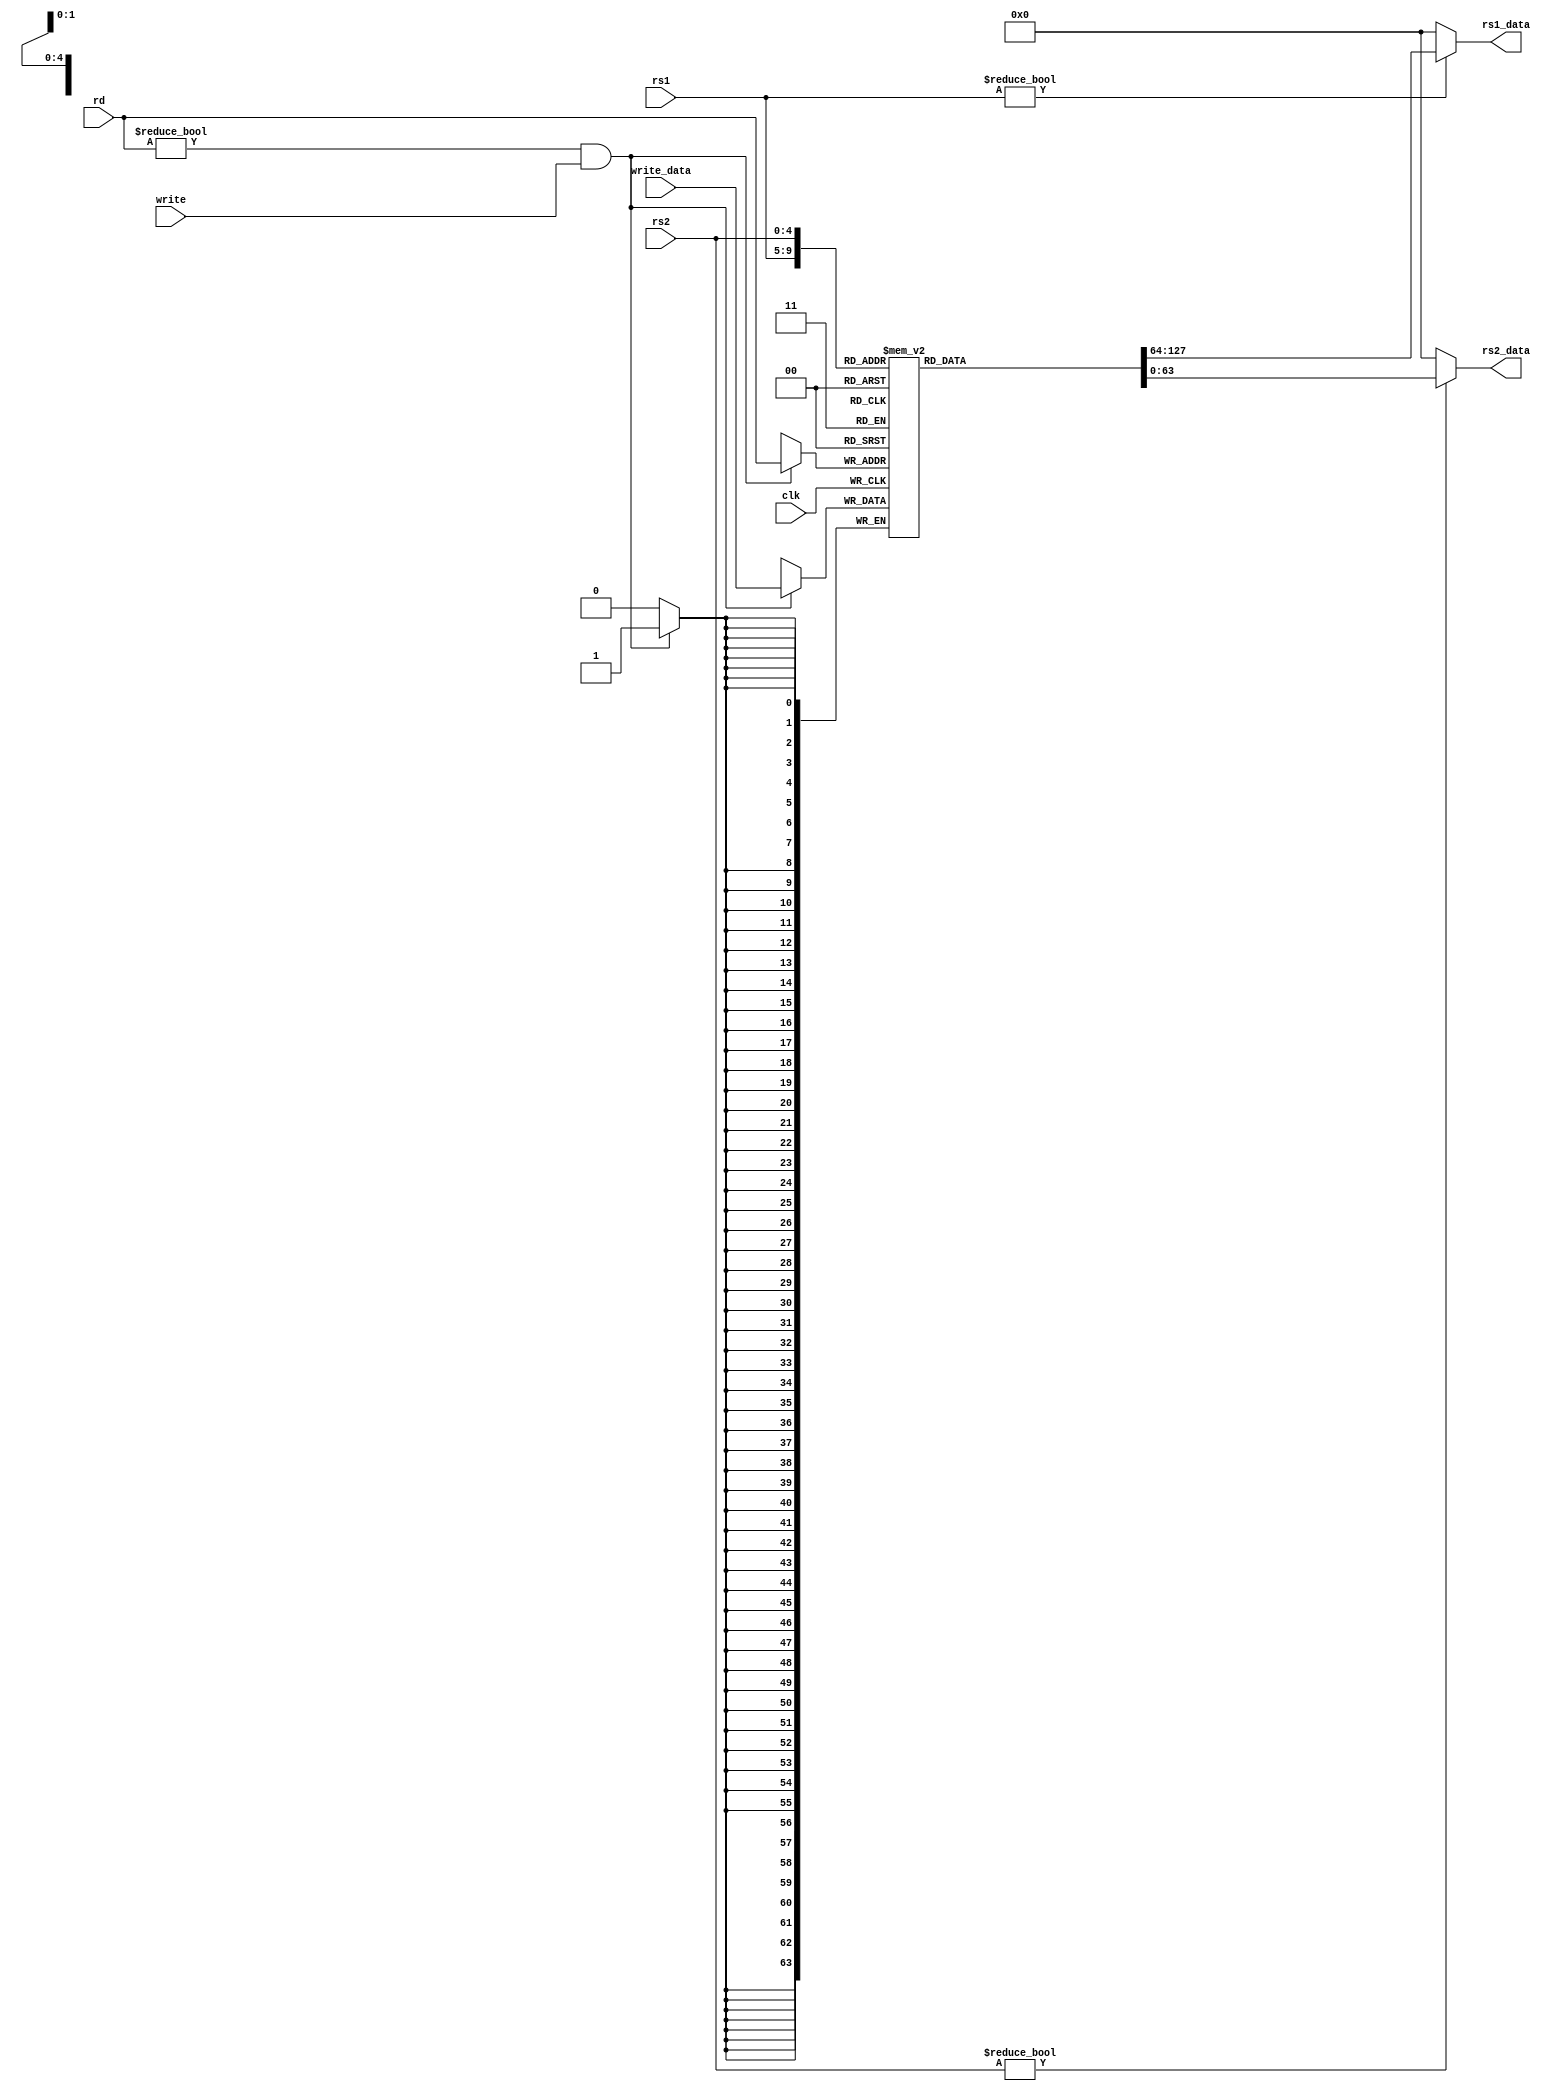
/*-----------------------------------------------------------------------------

4190.308-001 Computer Architecture

Instructor: Prof. Jae W. Lee (jaewlee@snu.ac.kr)

Homework #3: RISC-V Pipeline in Verilog

Description:
	64-bit register file for RISC-V pipeline.

-----------------------------------------------------------------------------*/

module reg_file
(
	input clk,
	input [4:0] rs1,
	input [4:0] rs2,
	output [63:0] rs1_data,
	output [63:0] rs2_data,

	input [4:0] rd,
	input write,
	input [63:0] write_data
);

	reg [63:0] registers[31:1];

	always @(posedge clk)
	begin
		if(rd != 0 && write)
		begin
			$display("reg[%d] = 0x%x", rd, write_data);
			registers[rd] <= write_data;
		end
	end

	assign rs1_data = ((rs1 != 0) ? registers[rs1] : 64'h0);
	assign rs2_data = ((rs2 != 0) ? registers[rs2] : 64'h0);

endmodule